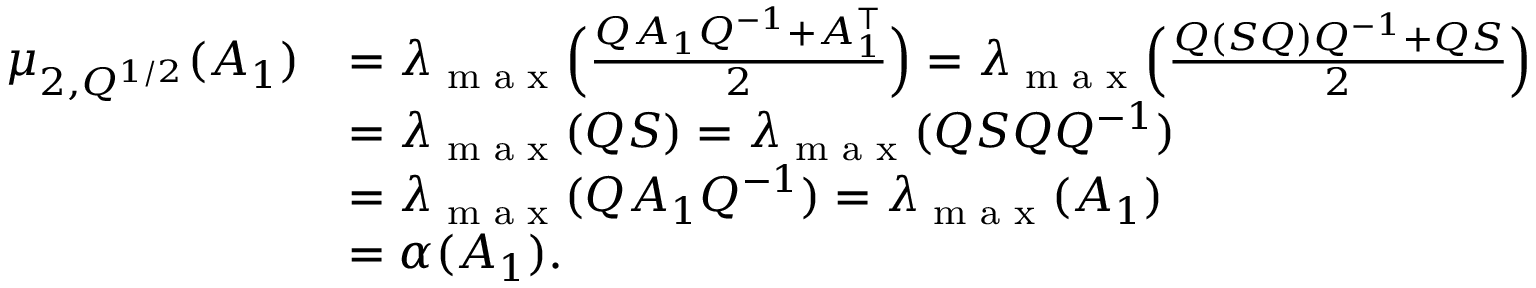
\begin{array} { r l } { \mu _ { 2 , Q ^ { 1 / 2 } } ( A _ { 1 } ) } & { = \lambda _ { \textup { m a x } } \Big ( \frac { Q A _ { 1 } Q ^ { - 1 } { + } A _ { 1 } ^ { \top } } { 2 } \Big ) = \lambda _ { \textup { m a x } } \Big ( \frac { Q ( S Q ) Q ^ { - 1 } { + } Q S } { 2 } \Big ) } \\ & { = \lambda _ { \textup { m a x } } ( Q S ) = \lambda _ { \textup { m a x } } ( Q S Q Q ^ { - 1 } ) } \\ & { = \lambda _ { \textup { m a x } } ( Q A _ { 1 } Q ^ { - 1 } ) = \lambda _ { \textup { m a x } } ( A _ { 1 } ) } \\ & { = \alpha ( A _ { 1 } ) . } \end{array}